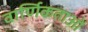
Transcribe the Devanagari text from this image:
वार्णिकताओं